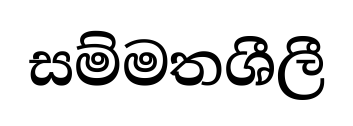
සම්මතශීලී